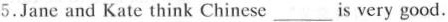
5. Jane and Kate think Chinese ___ is very good.